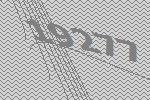
19277